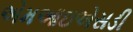
એમઆઇએસડી